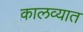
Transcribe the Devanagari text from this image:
कालव्यात